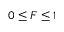
0 \le F \le 1